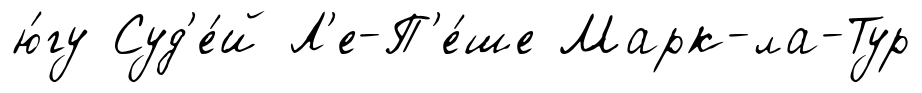
ю́гу Суд'е́й Л'е-П'е́ше Марк-ла-Тур